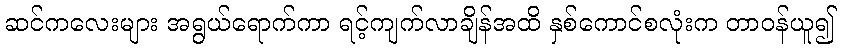
ဆင်ကလေးများ အရွယ်ရောက်ကာ ရင့်ကျက်လာချိန်အထိ နှစ်ကောင်စလုံးက တာဝန်ယူ၍